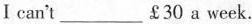
I can't___￡30 a week。